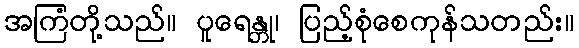
အကြံတို့သည်။ ပူရေန္တု၊ ပြည့်စုံစေကုန်သတည်း။